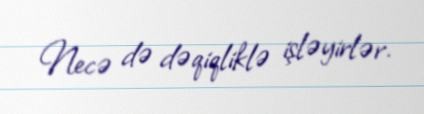
Necə də dəqiqliklə işləyirlər.